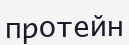
протейн